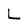
Character: L